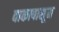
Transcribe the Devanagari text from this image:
वाकापासून